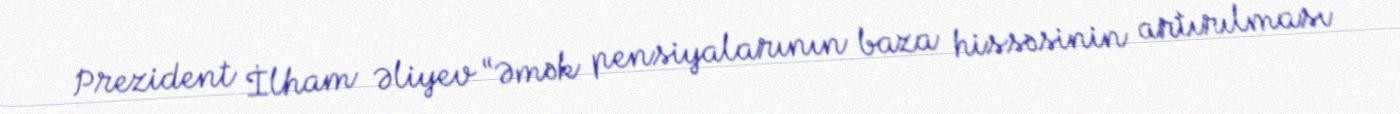
Prezident İlham Əliyev “Əmək pensiyalarının baza hissəsinin artırılması